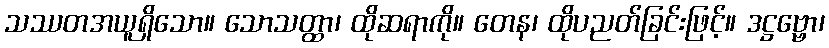
သဿတအယူရှိသော။ သောသတ္ထာ၊ ထိုဆရာကို။ တေန၊ ထိုပညတ်ခြင်းဖြင့်။ ဒဋ္ဌဗ္ဗော၊